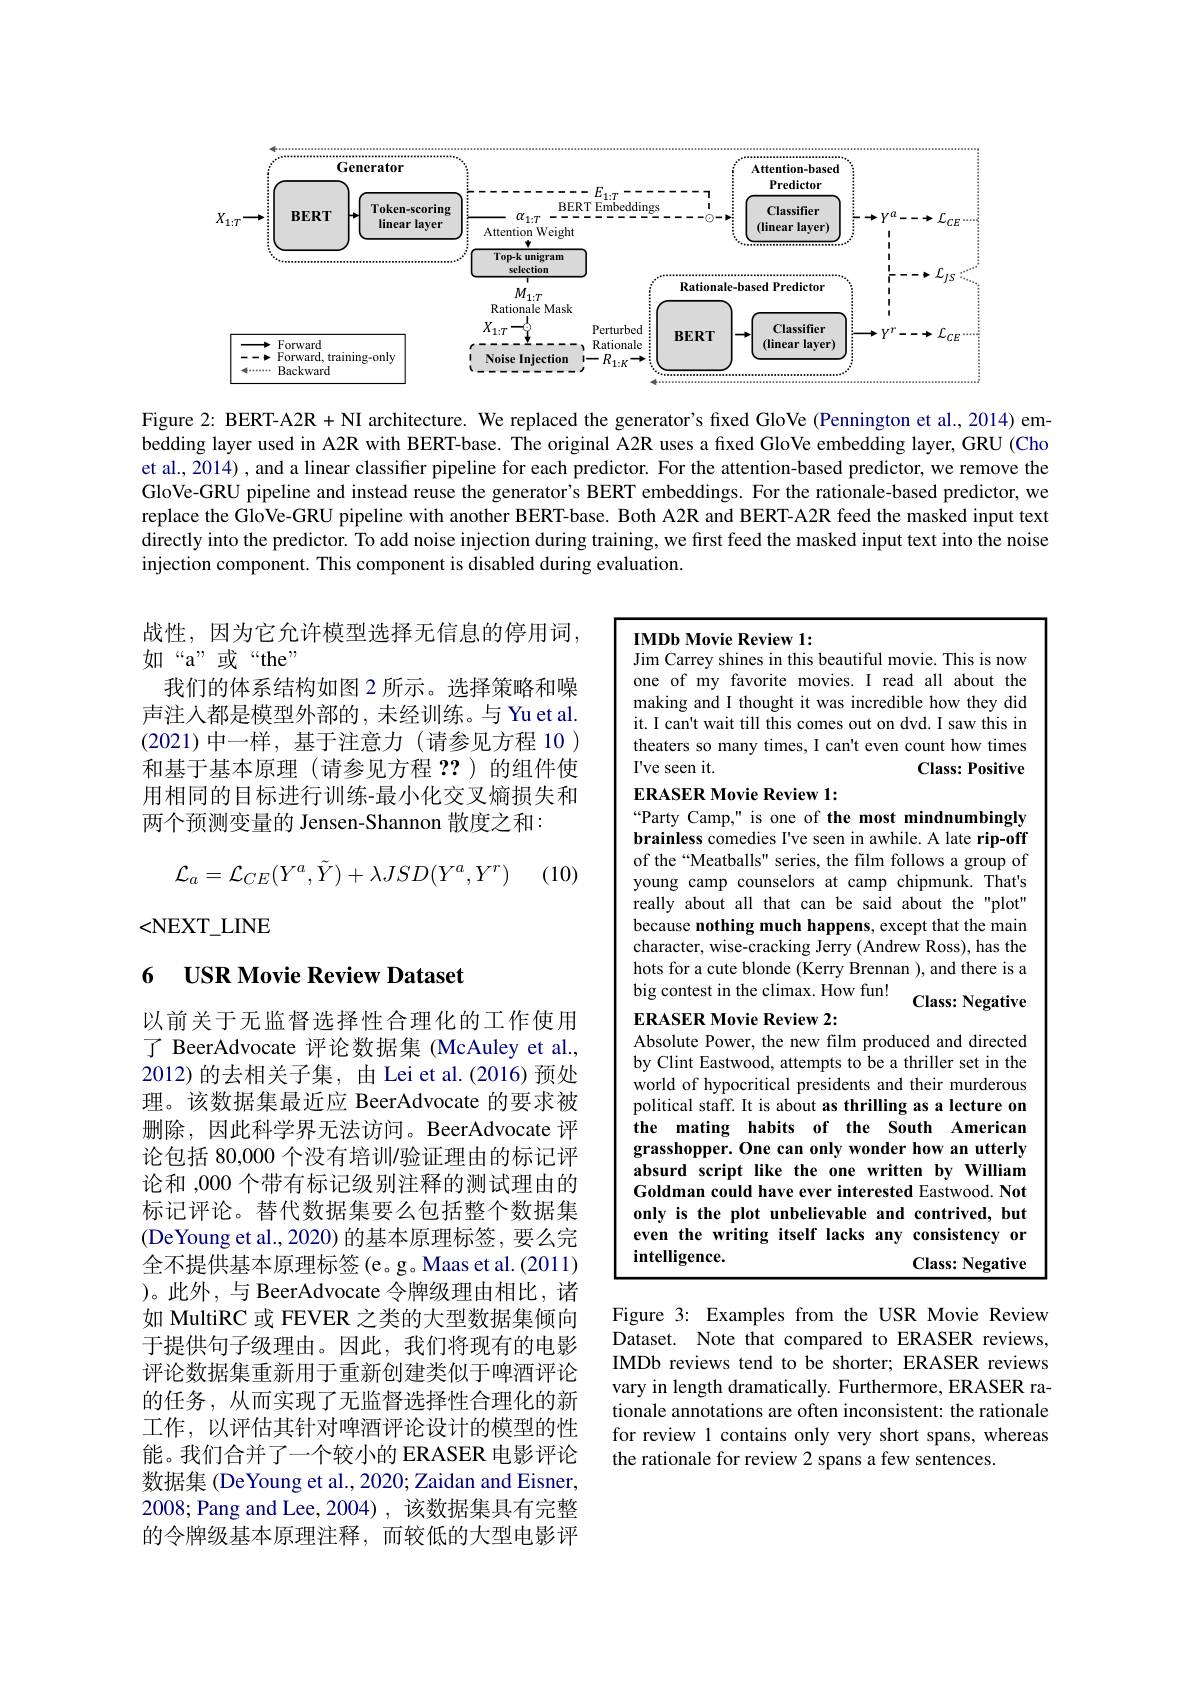
<FigureHere>

Figure 2: BERT-A2R + NI architecture. We replaced the generator's fixed GloVe (Pennington et al., 2014) embedding layer used in A2R with BERT-base. The original A2R uses a fixed GloVe embedding layer, GRU (Cho et al., 2014) , and a linear classifier pipeline for each predictor. For the attention-based predictor, we remove the GloVe-GRU pipeline and instead reuse the generator's BERT embeddings. For the rationale-based predictor, we replace the GloVe-GRU pipeline with another BERT-base. Both A2R and BERT-A2R feed the masked input text directly into the predictor. To add noise injection during training, we first feed the masked input text into the noise injection component. This component is disabled during evaluation.

IMDb Movie Review 1:

Jim Carrey shines in this beautiful movie. This is now

战性，因为它允许模型选择无信息的停用词，
如“a”或“the”
我们的体系结构如图 2 所示。选择策略和噪声注入都是模型外部的，未经训练。与 Yu et al. (2021)中一样，基于注意力 (请参见方程 10 ) 和基于基本原理(请参见方程 ??)的组件使用相同的目标进行训练-最小化交叉熵损失和两个预测变量的 Jensen-Shannon 散度之和：
$$\mathcal{L}_a=\mathcal{L}_{CE}(Y^a,\tilde{Y})+\lambda JSD(Y^a,Y^r)$$
(10)

<NEXT\_LINE

### 6 $\textbf{USR Movie Review Dataset}$

one of my favorite movies. I read all about the making and I thought it was incredible how they did it. I can't wait till this comes out on dvd. I saw this in theaters so many times, I can't even count how times I've seen it.
Class: Positive
ERASER Movie Review 1:
“Party Camp," is one of the most mindnumbingly brainless comedies I've seen in awhile. A late rip-off of the“Meatballs" series, the film follows a group of young camp counselors at camp chipmunk. That's really about all that can be said about the "plot" because nothing much happens, except that the main character, wise-cracking Jerry (Andrew Ross), has the hots for a cute blonde (Kerry Brennan ), and there is a big contest in the climax. How fun! Class: Negative ERASER Movie Review 2:
Absolute Power, the new film produced and directed by Clint Eastwood, attempts to be a thriller set in the world of hypocritical presidents and their murderous political staff. It is about as thrilling as a lecture on the mating habits of the South American grasshopper. One can only wonder how an utterly absurd script like the one written by William Goldman could have ever interested Eastwood. Not only is the plot unbelievable and contrived, but even the writing itself lacks any consistency or intelligence.
Class: Negative

以前关于无监督选择性合理化的工作使用了 BeerAdvocate 评论数据集 (McAuley et al., 2012)的去相关子集，由Lei et al.(2016)预处理。该数据集最近应 BeerAdvocate 的要求被删除，因此科学界无法访问。BeerAdvocate 评论包括 80,000 个没有培训验证理由的标记评论和 ,000 个带有标记级别注释的测试理由的标记评论。替代数据集要么包括整个数据集(DeYoung et al., 2020) 的基本原理标签，要么完全不提供基本原理标签(e。g。Maas et al.(2011) )。此外，与 BeerAdvocate 令牌级理由相比，诸如 MultiRC 或 FEVER 之类的大型数据集倾向于提供句子级理由。因此，我们将现有的电影评论数据集重新用于重新创建类似于啤酒评论的任务，从而实现了无监督选择性合理化的新工作，以评估其针对啤酒评论设计的模型的性能。我们合并了一个较小的 ERASER 电影评论数据集 (DeYoung et al., 2020; Zaidan and Eisner, 2008; Pang and Lee,2004),该数据集具有完整的令牌级基本原理注释，而较低的大型电影评

Figure 3: Examples from the USR Movie Review Dataset. Note that compared to ERASER reviews, IMDb reviews tend to be shorter; ERASER reviews vary in length dramatically. Furthermore, ERASER rationale annotations are often inconsistent: the rationale for review 1 contains only very short spans, whereas the rationale for review 2 spans a few sentences.